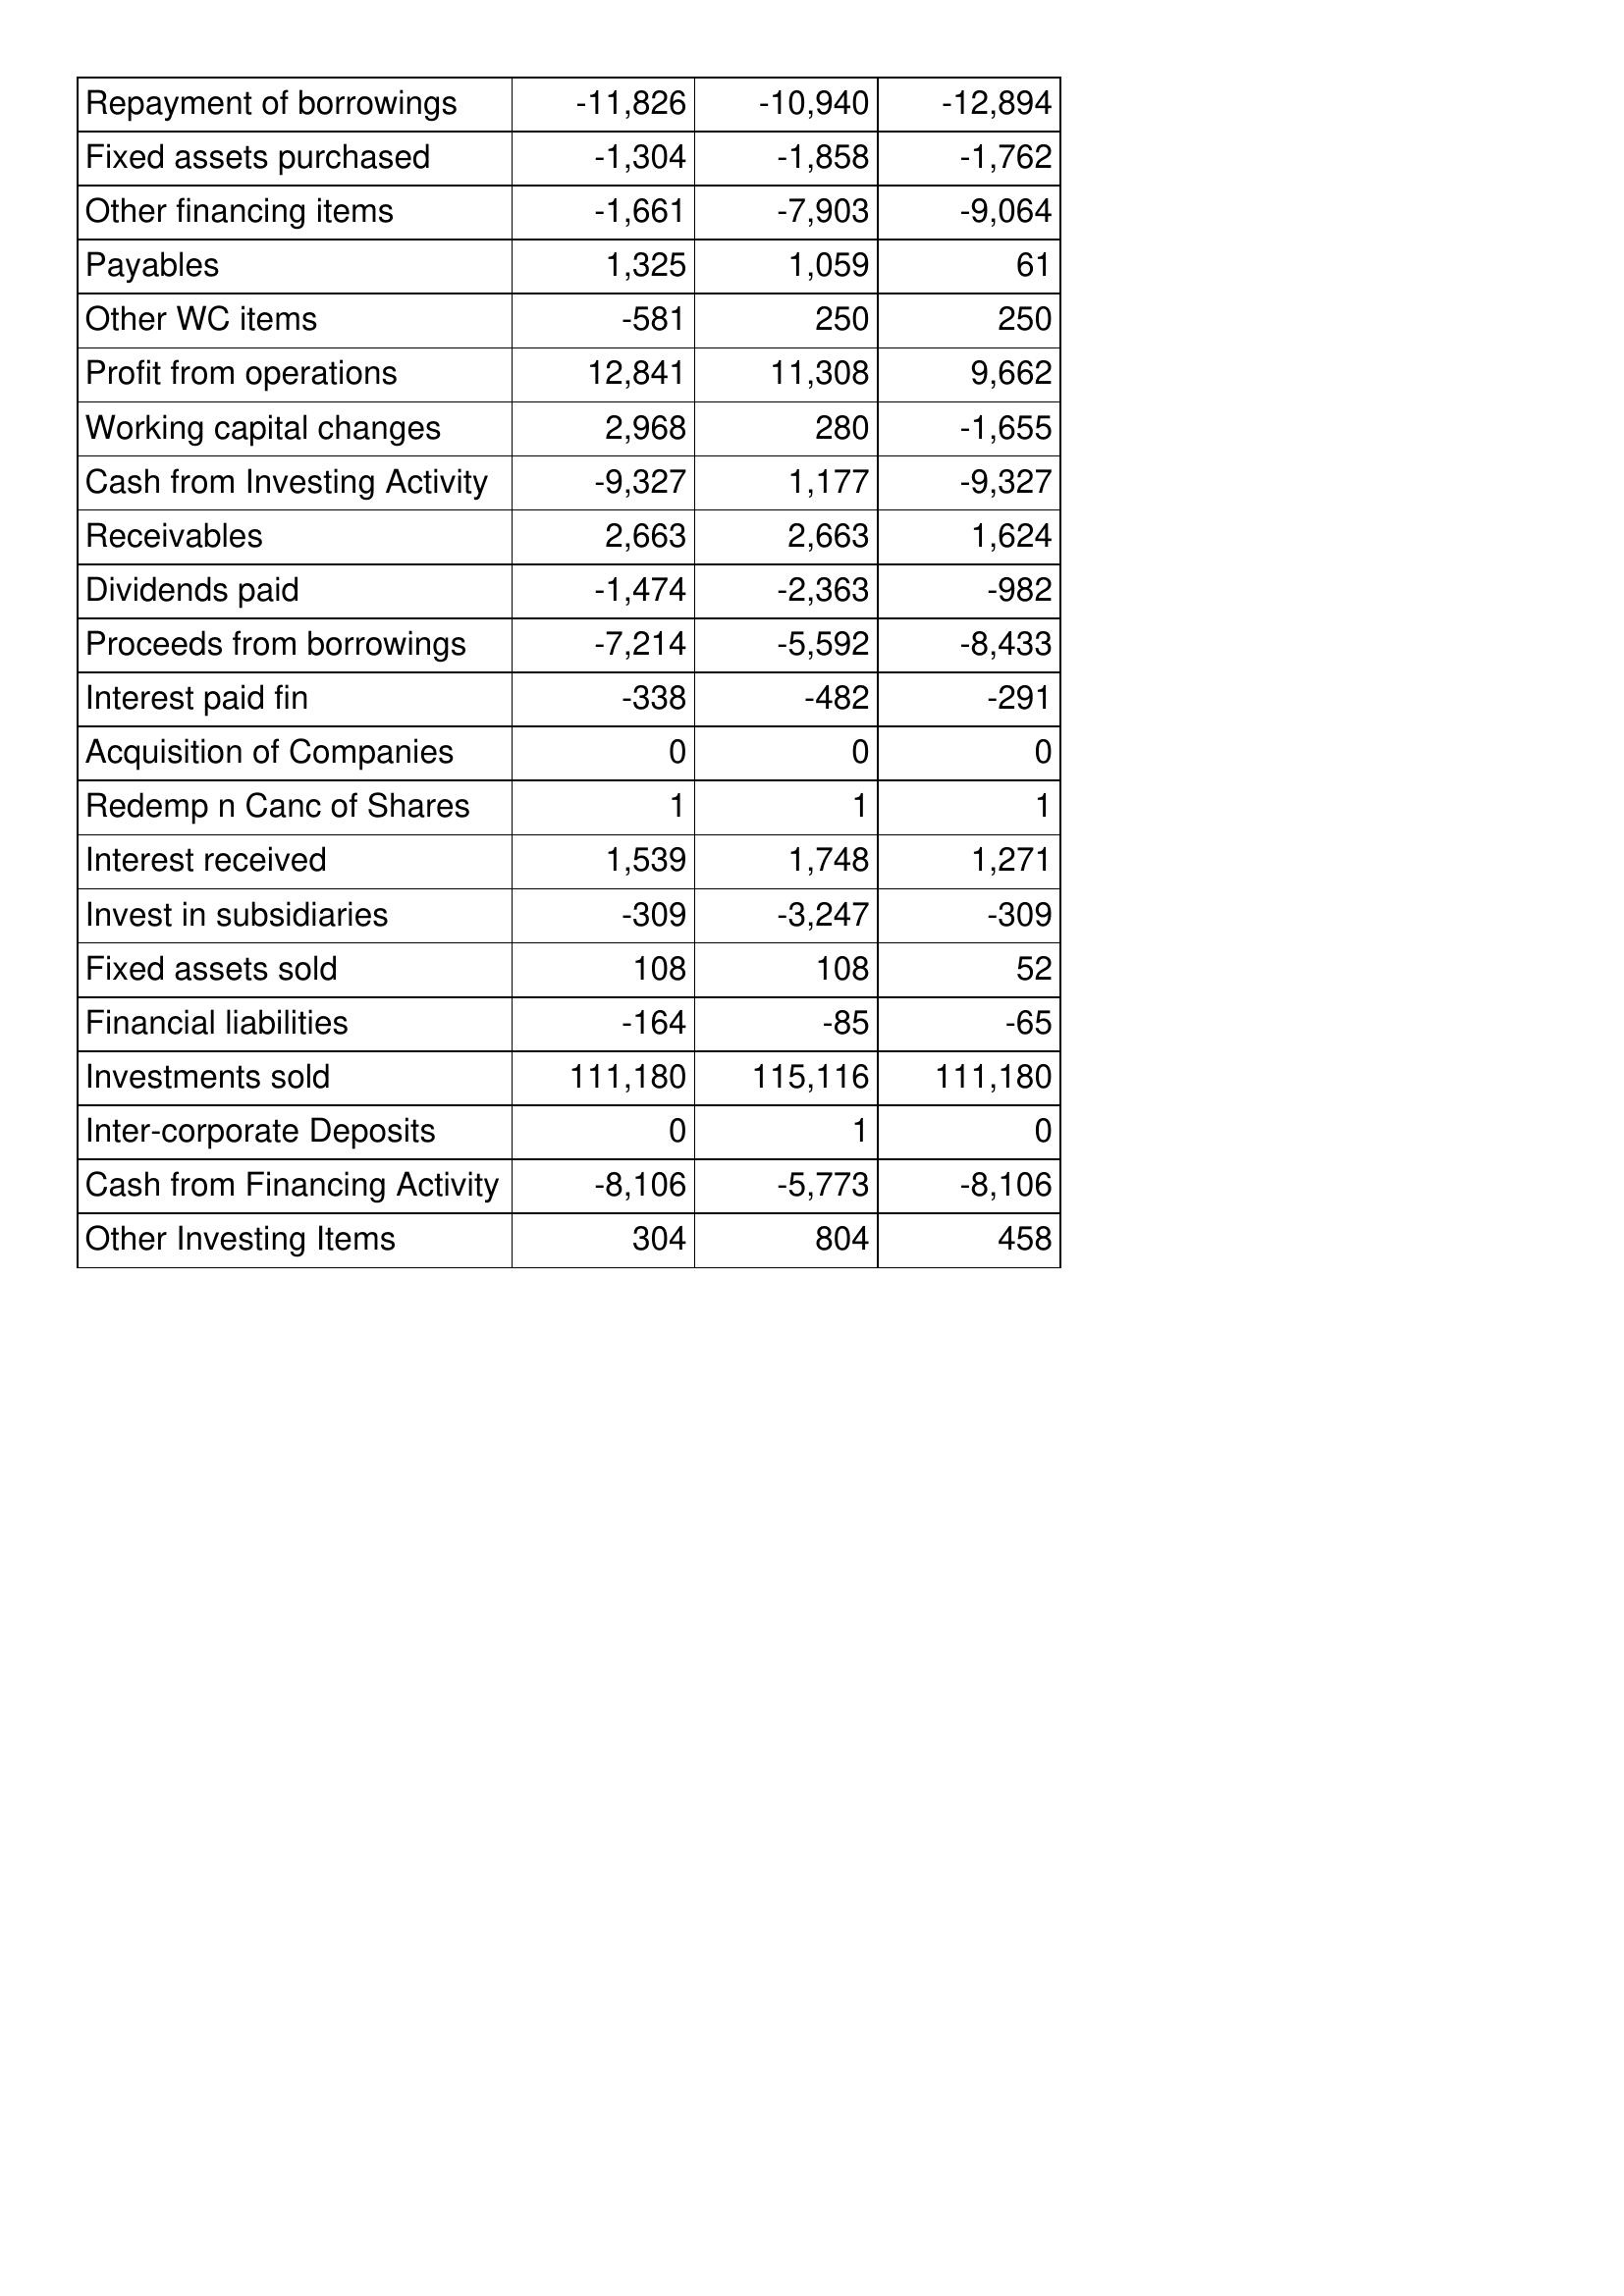
Nov-16: Cash Flows: Repayment of borrowings: -11,826
Fixed assets purchased: -1,304
Other financing items: -1,661
Payables: 1,325
Other WC items: -581
Profit from operations: 12,841
Working capital changes: 2,968
Cash from Investing Activity: -9,327
Receivables: 2,663
Dividends paid: -1,474
Proceeds from borrowings: -7,214
Interest paid fin: -338
Acquisition of Companies: 0
Redemp n Canc of Shares: 1
Interest received: 1,539
Invest in subsidiaries: -309
Fixed assets sold: 108
Financial liabilities: -164
Investments sold: 111,180
Inter-corporate Deposits: 0
Cash from Financing Activity: -8,106
Other Investing Items: 304
Nov-15: Cash Flows: Repayment of borrowings: -10,940
Fixed assets purchased: -1,858
Other financing items: -7,903
Payables: 1,059
Other WC items: 250
Profit from operations: 11,308
Working capital changes: 280
Cash from Investing Activity: 1,177
Receivables: 2,663
Dividends paid: -2,363
Proceeds from borrowings: -5,592
Interest paid fin: -482
Acquisition of Companies: 0
Redemp n Canc of Shares: 1
Interest received: 1,748
Invest in subsidiaries: -3,247
Fixed assets sold: 108
Financial liabilities: -85
Investments sold: 115,116
Inter-corporate Deposits: 1
Cash from Financing Activity: -5,773
Other Investing Items: 804
Nov-14: Cash Flows: Repayment of borrowings: -12,894
Fixed assets purchased: -1,762
Other financing items: -9,064
Payables: 61
Other WC items: 250
Profit from operations: 9,662
Working capital changes: -1,655
Cash from Investing Activity: -9,327
Receivables: 1,624
Dividends paid: -982
Proceeds from borrowings: -8,433
Interest paid fin: -291
Acquisition of Companies: 0
Redemp n Canc of Shares: 1
Interest received: 1,271
Invest in subsidiaries: -309
Fixed assets sold: 52
Financial liabilities: -65
Investments sold: 111,180
Inter-corporate Deposits: 0
Cash from Financing Activity: -8,106
Other Investing Items: 458